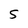
Character: 5